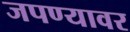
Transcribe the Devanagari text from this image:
जपण्यावर